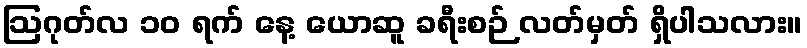
ဩဂုတ်လ ၁၀ ရက် နေ့ ယောဆူ ခရီးစဉ် လတ်မှတ် ရှိပါသလား။